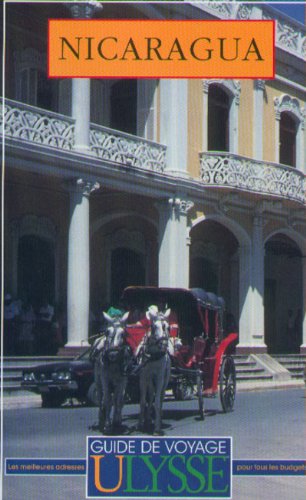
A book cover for Nicaragua (Ulysses Travel Guides); Carol Wood; Travel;